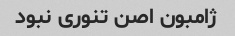
ژامبون اصن تنوری نبود